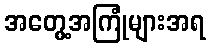
အတွေ့အကြုံများအရ